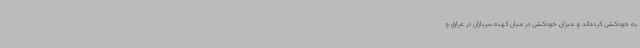
به خودکشی کرده‌اند و میزان خودکشی در میان کهنه سربازان در عراق و